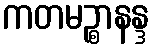
ကတမဉ္စာနန္ဒ